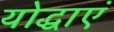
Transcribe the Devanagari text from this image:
योद्धाएं